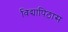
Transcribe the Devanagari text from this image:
विद्यापिठास